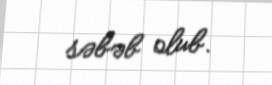
səbəb olub.